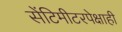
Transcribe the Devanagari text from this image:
सेंटिमीटरपेक्षाही